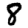
Digit: 8